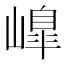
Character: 𡼗